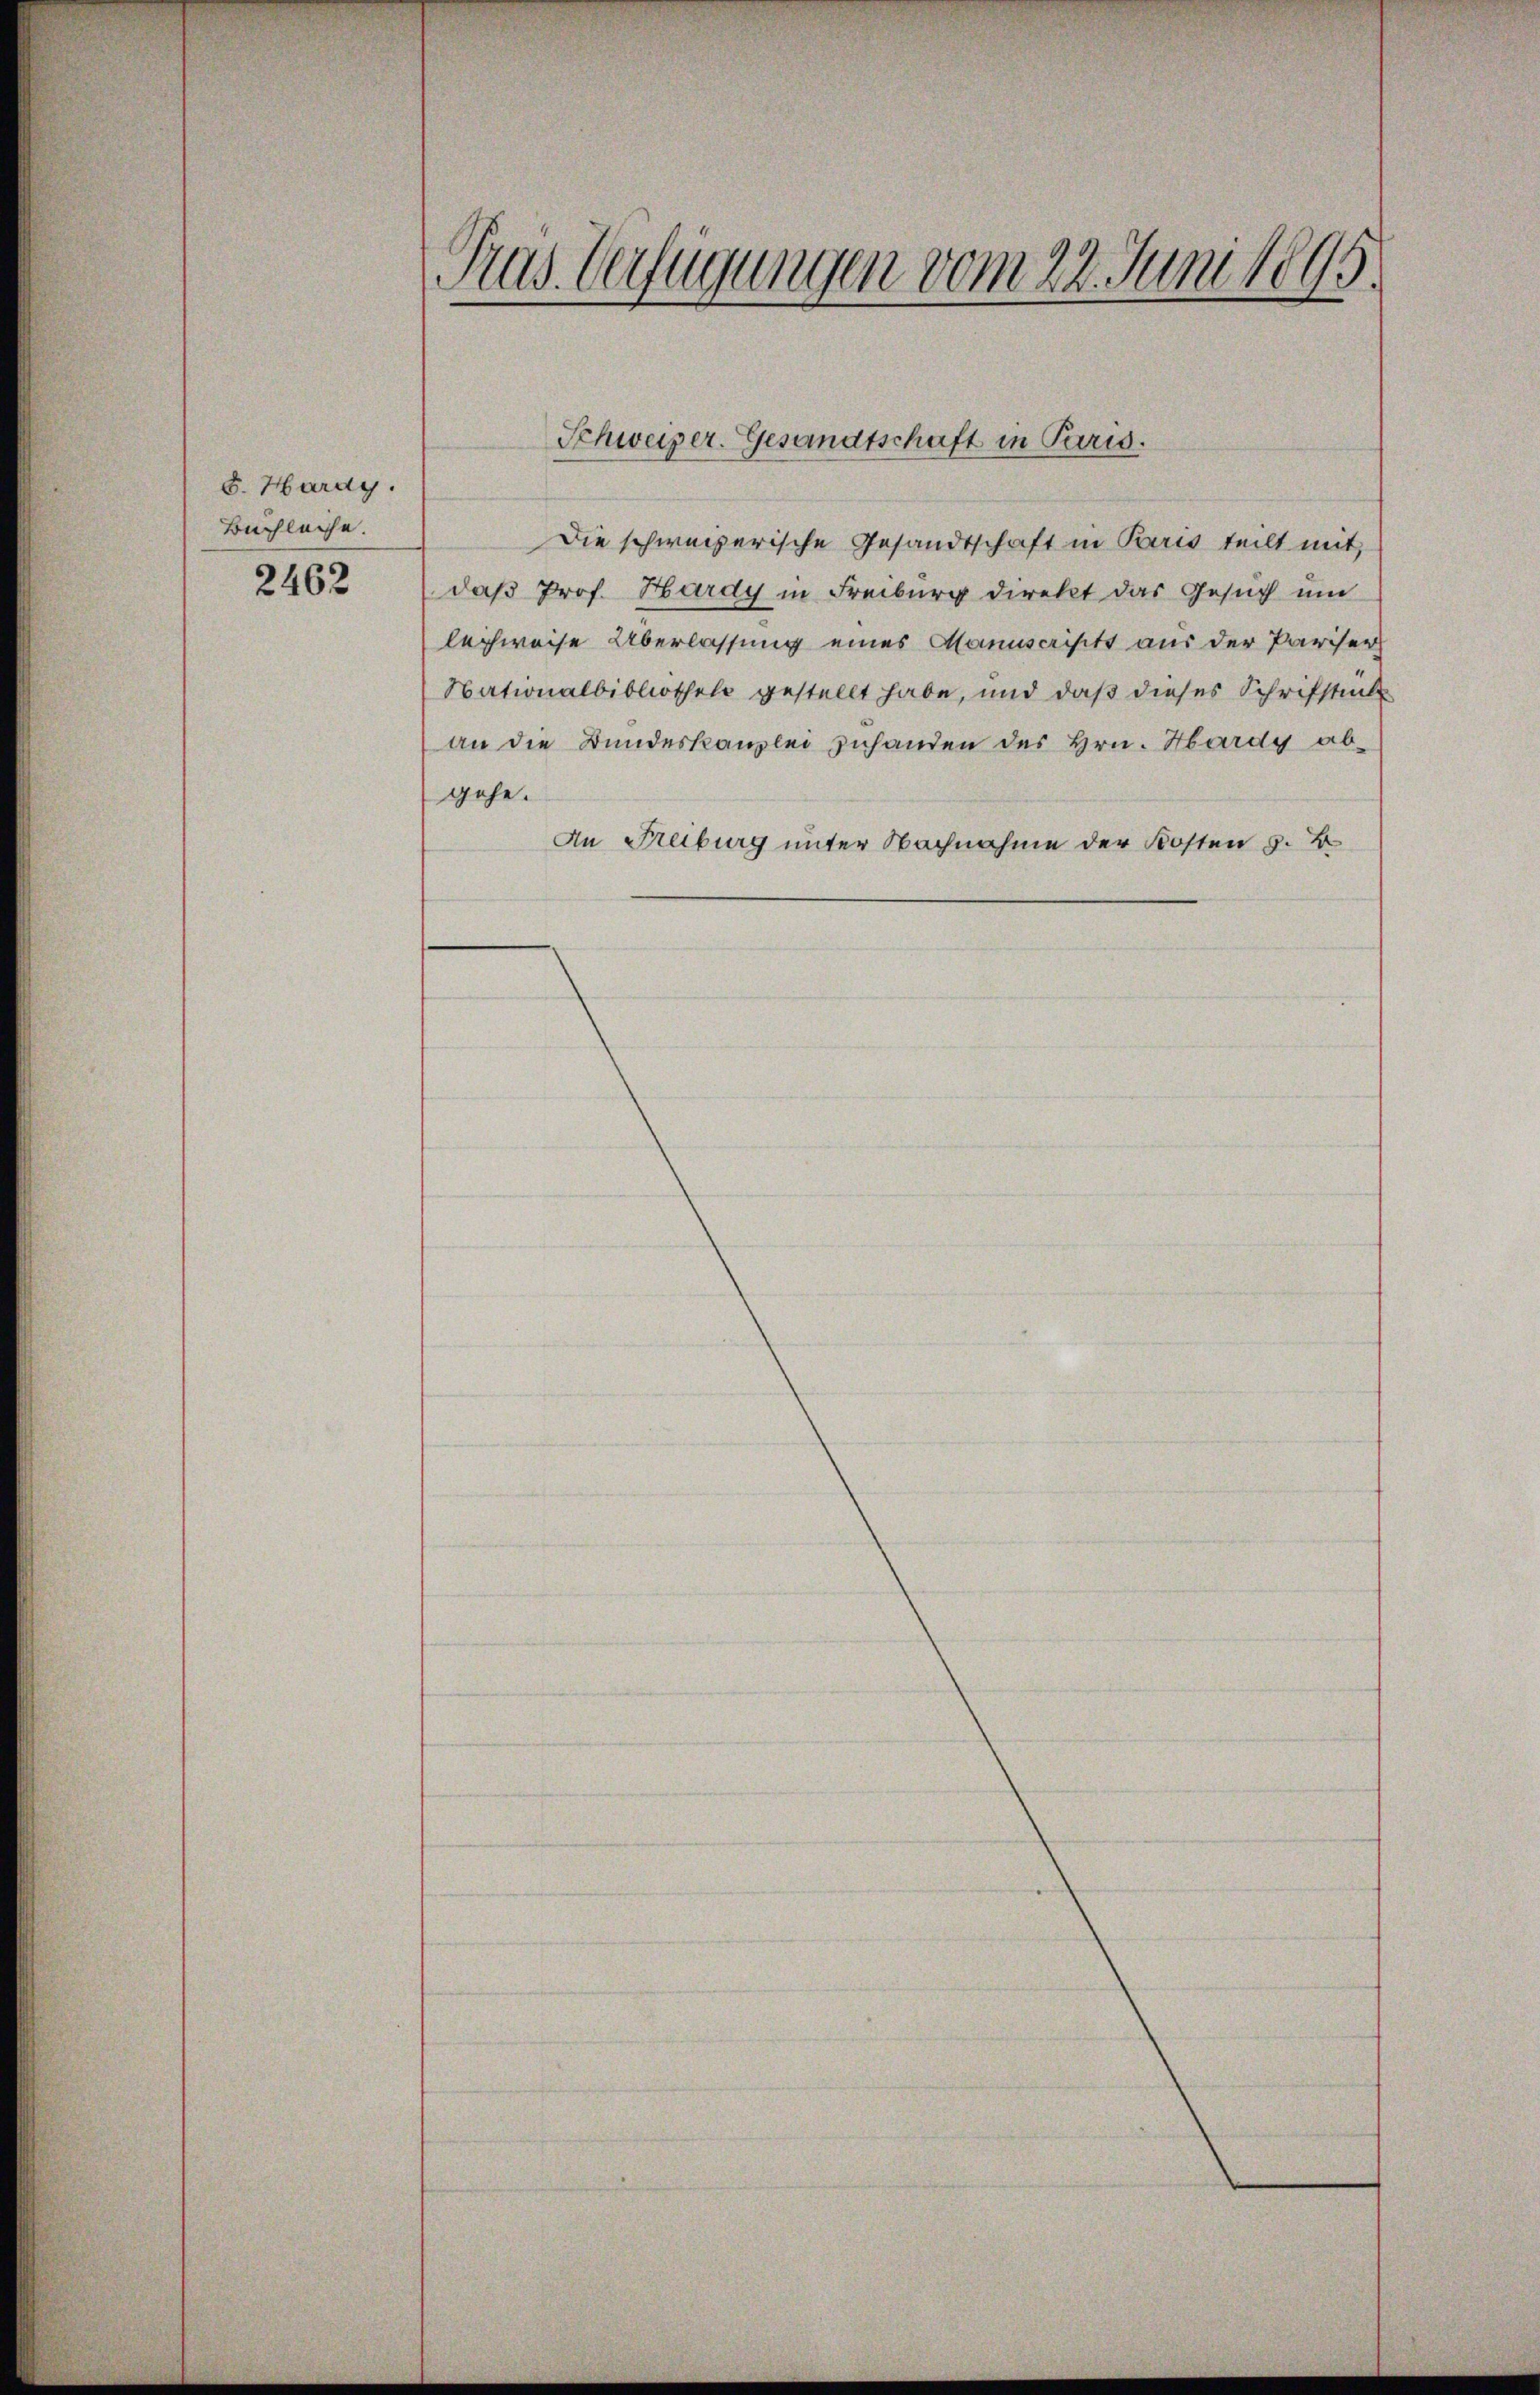
d. Hardy.
Buchleiche.

2462

Pras. Verfügungen vom 22. Juni 1895.

Die schweizerische Gesandtschaft in Paris teilt mit
daß Prof. Hardy in Freiburg direkt das Gesuch um
leichweise Überlassung eines Manuscritt aus der Pariser
Nationalbibliothek gestellt habe, und daß dieses Schriftes
an die Bundeskanzlei zuhanden des Hrn. Hardy abgehe.
An Freiburg unter Nachnahme der Kosten z. B.

Schweizer. Gesandtschaft in Paris.